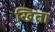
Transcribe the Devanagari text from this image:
खिता